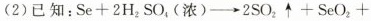
(2)已知：Se+2H_{2}SO_{4}(浓)→2SO_{2}↑+SeO_{2}+